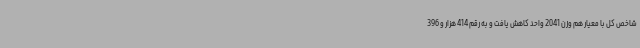
شاخص کل با معیار هم وزن 2041 واحد کاهش یافت و به رقم 414 هزار و 396